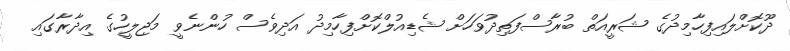
ދޫކޮށްލައިފިހާމިދުގެ ޝަރީއަތް ބުރާސްފަތިދުވަހަށް ޝެޑިއުލްކޮށްފިހާމިދު އަދިވެސް ހުންނެވީ މަޖިލީހުގެ އިދާރާގައި